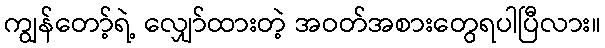
ကျွန်တော့်ရဲ့ လျှော်ထားတဲ့ အဝတ်အစားတွေရပါပြီလား။